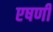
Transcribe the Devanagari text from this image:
एषणी